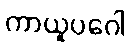
ကာယူပဂေါ